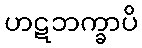
ဟဋဘက္ခာပိ